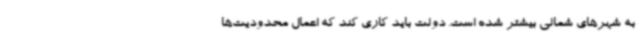
به شهرهای شمالی بیشتر شده است. دولت باید کاری کند که اعمال محدودیت‌ها